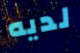
لديه